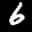
Label: 6